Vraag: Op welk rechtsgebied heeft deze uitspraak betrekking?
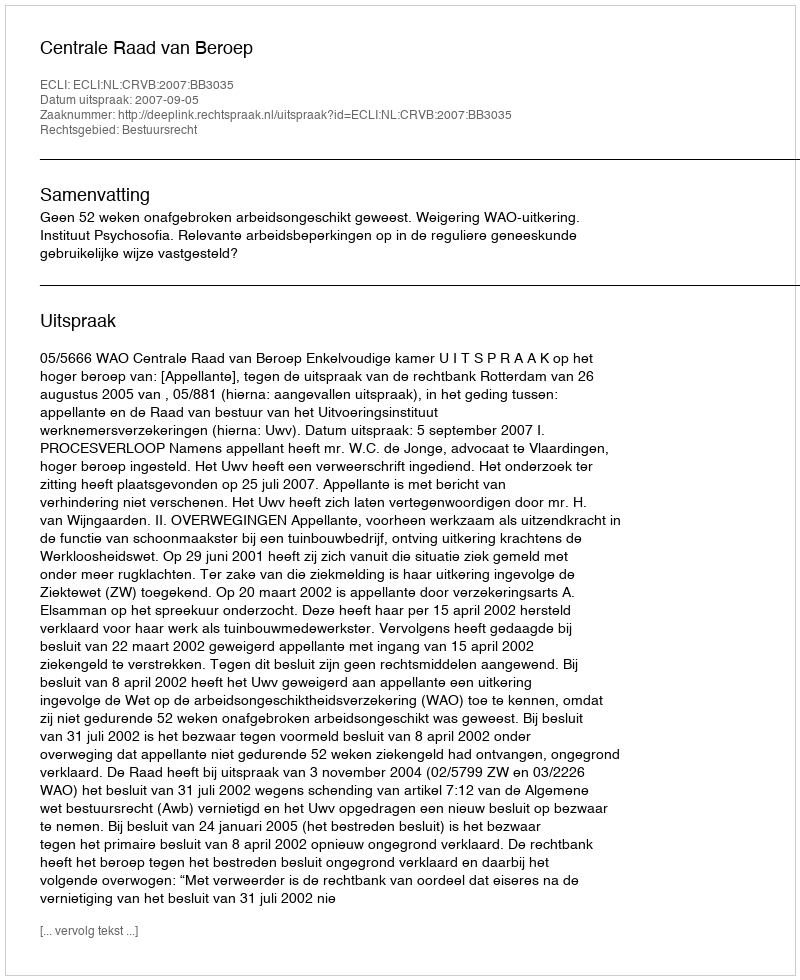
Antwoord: Bestuursrecht